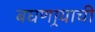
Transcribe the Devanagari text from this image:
बघणार्‍याची